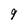
Character: 9